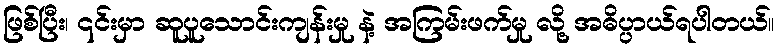
ဖြစ်ပြီး၊ ၎င်းမှာ ဆူပူသောင်းကျန်းမှု နဲ့ အကြမ်းဖက်မှု လို့ အဓိပ္ပာယ်ရပါတယ်။